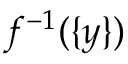
f ^ { - 1 } ( \{ y \} )